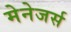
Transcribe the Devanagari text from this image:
मेनेजर्स